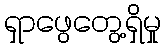
ရှာဖွေတွေ့ရှိမှု